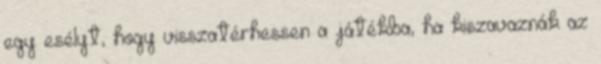
egy esélyt, hogy visszatérhessen a játékba, ha kiszavaznák az